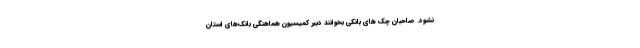
نشود. صاحبان چک‌ های بانکی بخوانند دبیر کمیسیون هماهنگی بانک‌های استان